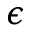
\epsilon